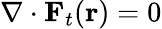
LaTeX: \nabla\cdot\mathbf{F}_{t}(\mathbf{r})=0